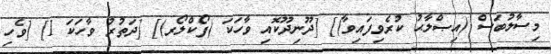
މިސާލުބަސް (އިޞްލާޙު ކުރެވިފައިވާ)] [ދޫނިދޫކޮއި ވާހަކަ (ފޯކްލޯރ)] [ދަތުރު ވާހަކަ 1] [ވެހި